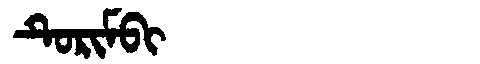
Manchu: ᡨᡠᡵᡳᠮᠪᡳ
Romanization: TURIMBI